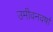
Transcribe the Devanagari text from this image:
उमीवनवर्षा